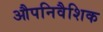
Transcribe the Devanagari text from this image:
औपनिवैशिक